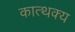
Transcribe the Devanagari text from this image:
कात्थक्य